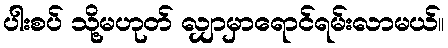
ပါးစပ် သို့မဟုတ် လျှာမှာရောင်ရမ်းလာမယ်။